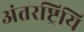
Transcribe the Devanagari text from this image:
अंतरष्ट्रियि